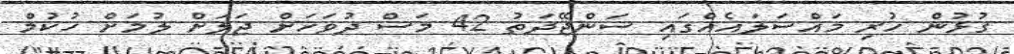
ގުޅުން ހުރި މައްސަލައެއްގައި ސަންޖޭދަތު 42 މަސް ދުވަހަށް ޖަލަށް ލުމަށް ހުކުމް